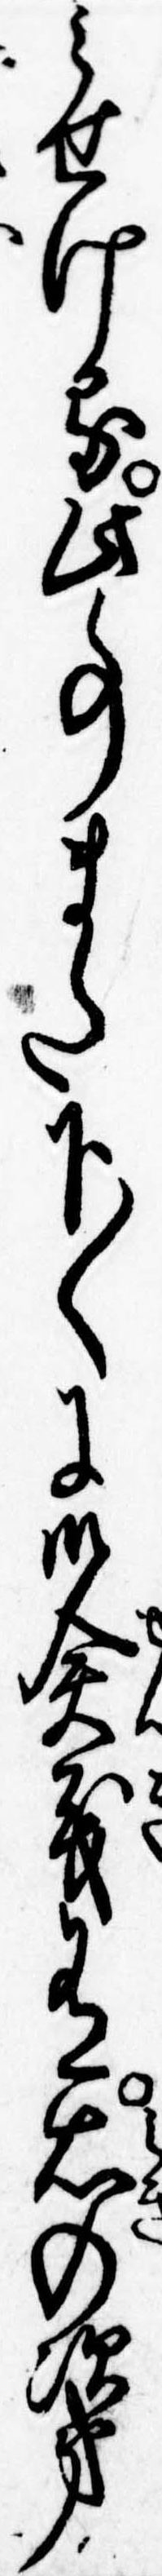
みせける此事また下〱に御僉義有右の次第